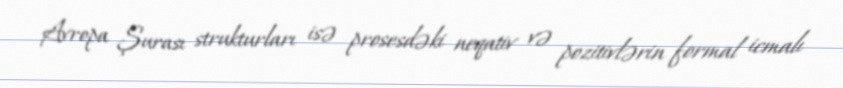
Avropa Şurası strukturları isə prosesdəki neqativ və pozitivlərin formal icmalı